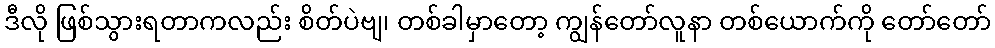
ဒီလို ဖြစ်သွားရတာကလည်း စိတ်ပဲဗျ၊ တစ်ခါမှာတော့ ကျွန်တော်လူနာ တစ်ယောက်ကို တော်တော်